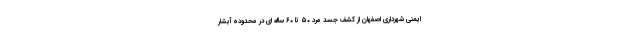
ایمنی شهرداری اصفهان از کشف جسد مرد ۵۰ تا ۶۰ ساله ای در محدوده آبشار